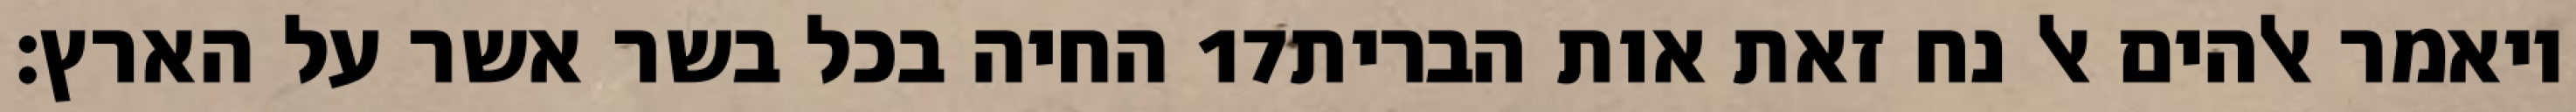
החיה בכל בשר אשר על הארץ׃ ‎17‏ ויאמר אלהים אל נח זאת אות הברית